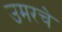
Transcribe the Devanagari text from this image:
उमरचे